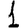
Digit: 1